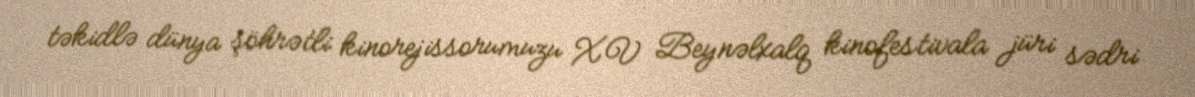
təkidlə dünya şöhrətli kinorejissorumuzu XV Beynəlxalq kinofestivala jüri sədri